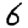
Digit: 6